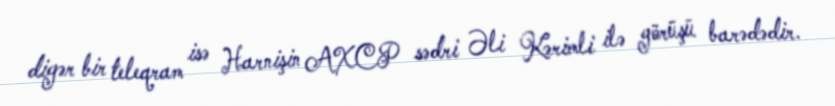
digər bir teleqram isə Harnişin AXCP sədri Əli Kərimli ilə görüşü barədədir.